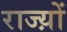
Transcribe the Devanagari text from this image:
राज्य़ों